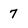
Character: 7